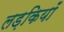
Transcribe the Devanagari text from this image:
लड़कियॉं